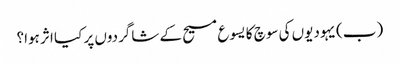
‏ (‏ب)‏ یہودیوں کی سوچ کا یسوع مسیح کے شاگردوں پر کیا اثر ہوا؟